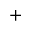
+